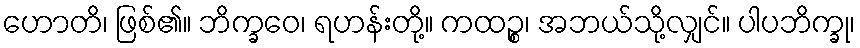
ဟောတိ၊ ဖြစ်၏။ ဘိက္ခဝေ၊ ရဟန်းတို့။ ကထဉ္စ၊ အဘယ်သို့လျှင်။ ပါပဘိက္ခု၊